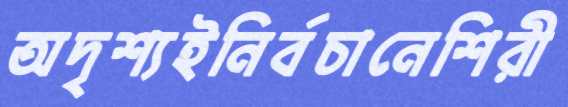
অদৃশ্যইনির্বচানেশিরী